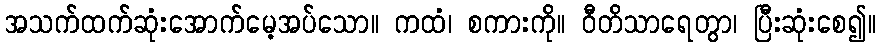
အသက်ထက်ဆုံးအောက်မေ့အပ်သော။ ကထံ၊ စကားကို။ ဝီတိသာရေတွာ၊ ပြီးဆုံးစေ၍။